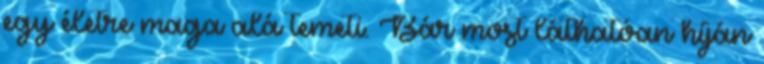
egy életre maga alá temeti. Bár most láthatóan híján